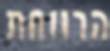
הרווחת